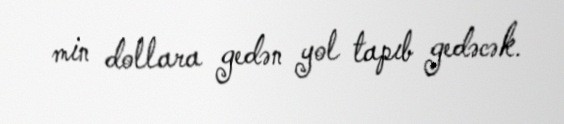
min dollara gedən yol tapıb gedəcək.